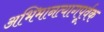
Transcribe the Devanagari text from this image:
अभिमानत्यागपूर्वक